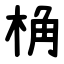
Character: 桷